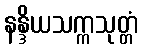
နန္ဒိယသက္ကသုတ္တံ